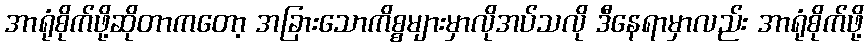
အာရုံစိုက်ဖို့ဆိုတာကတော့ အခြားသောကိစ္စများမှာလိုအပ်သလို ဒီနေရာမှာလည်း အာရုံစိုက်ဖို့